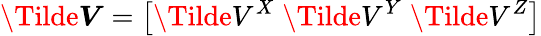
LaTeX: \boldsymbol{\Tilde{V}}=\left[\Tilde{V}^{X}\; \Tilde{V}^{Y}\; \Tilde{V}^{Z}\right]